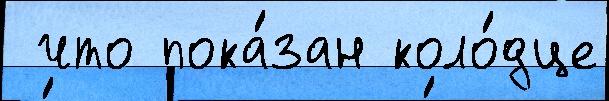
 что пока́зан коло́дце